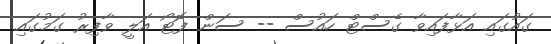
ގައުގައި އަޅާފައިވާ ގެސްޓް ހައުސް -- ސަން ފޮޓޯ އަލީ ވާފިރު ގަމުގައި